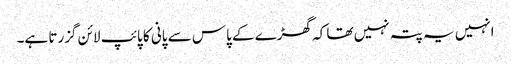
انہیں یہ پتہ نہیں تھا کہ گھڑے کے پاس سے پانی کا پائپ لائن گزرتا ہے۔